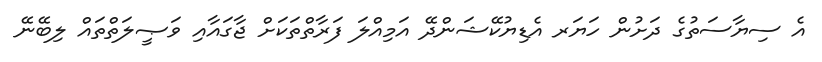
އެ ސިޔާސަތުގެ ދަށުން ހަޔަރ އެޑިޔުކޭޝަންދޭ އަމިއްލަ ފަރާތްތަކަށް ޖާގައާއި ވަޞީލަތްތައް ލިބޭނޭ